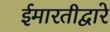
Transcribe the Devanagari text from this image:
ईमारतीद्वारे